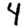
Digit: 4